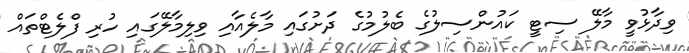
ވިދާޅުވީ މާލޭ ސިޓީ ކައުންސިލުގެ ބެލުމުގެ ދަށުގައި މާލެއާއި ވިލިމާލޭގައި ހުރި ފްލެޓްތައް